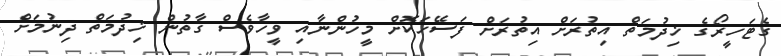
ގެޓަހީރޯގެ ޚިދުމަތް އިތުރަށް އިތުރަށް ފަސޭހަކޮށް މީހުންނާއި ވީހާވެސް ގާތުން ޚިދުމަތް ދިނުމަށް